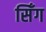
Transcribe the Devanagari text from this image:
सिँग